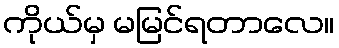
ကိုယ်မှ မမြင်ရတာလေ။